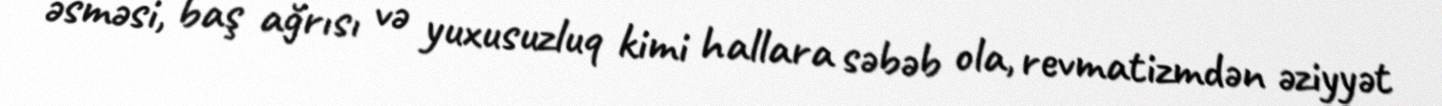
əsməsi, baş ağrısı və yuxusuzluq kimi hallara səbəb ola, revmatizmdən əziyyət